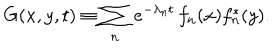
LaTeX: G ( x , y , t ) \equiv \sum _ { n } \, e ^ { - \lambda _ { n } t } \, f _ { n } ( x ) f _ { n } ^ { * } ( y ) .